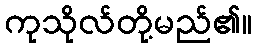
ကုသိုလ်တို့မည်၏။